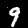
Digit: 9